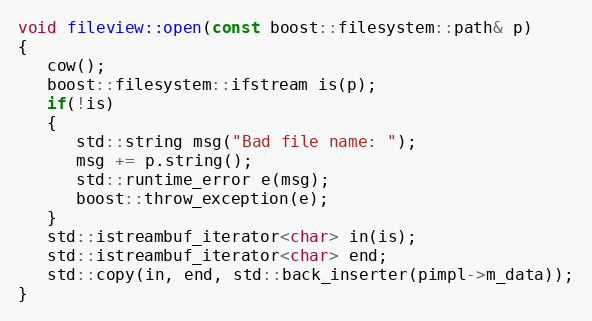
Language: C++
void fileview::open(const boost::filesystem::path& p)
{
   cow();
   boost::filesystem::ifstream is(p);
   if(!is)
   {
      std::string msg("Bad file name: ");
      msg += p.string();
      std::runtime_error e(msg);
      boost::throw_exception(e);
   }
   std::istreambuf_iterator<char> in(is);
   std::istreambuf_iterator<char> end;
   std::copy(in, end, std::back_inserter(pimpl->m_data));
}